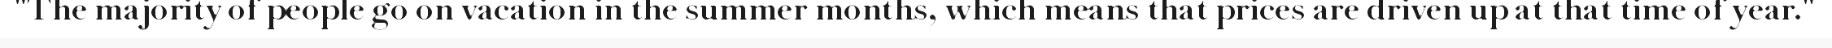
"The majority of people go on vacation in the summer months, which means that prices are driven up at that time of year."